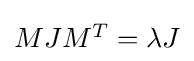
{\textstyle MJM^{T}=\lambda J}